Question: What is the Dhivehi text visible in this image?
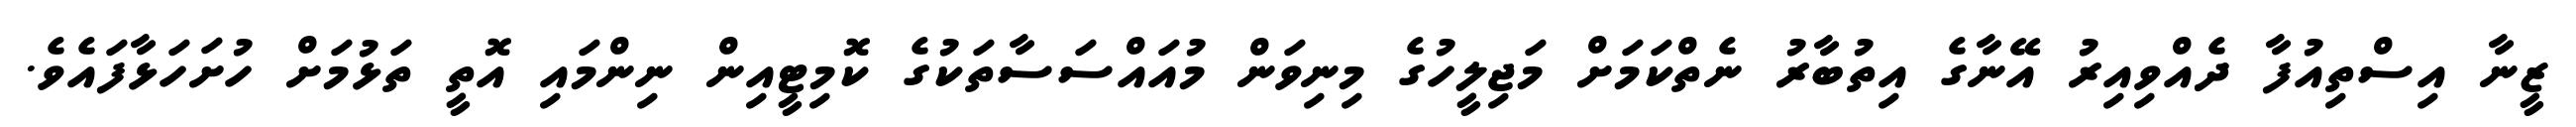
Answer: ޒީނާ އިސްތިއުފާ ދެއްވިއިރު އޭނާގެ އިތުބާރު ނެތްކަމަށް މަޖިލީހުގެ މިނިވަން މުއައްސަސާތަކުގެ ކޮމިޓީއިން ނިންމައި އޮތީ ތަޅުމަށް ހުށަހަޅާފައެވެ.